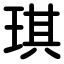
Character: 琪